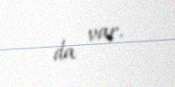
da var.